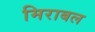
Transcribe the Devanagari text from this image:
मिराबल